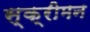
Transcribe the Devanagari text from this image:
स्क्रीमन